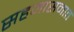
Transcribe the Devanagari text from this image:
सहजासनात